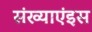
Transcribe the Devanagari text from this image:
संख्याएंइस